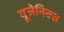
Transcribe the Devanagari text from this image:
यूजेनिक्स